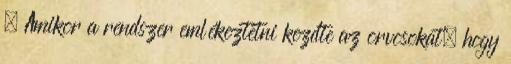
 Amikor a rendszer emlékeztetni kezdte az orvosokat, hogy